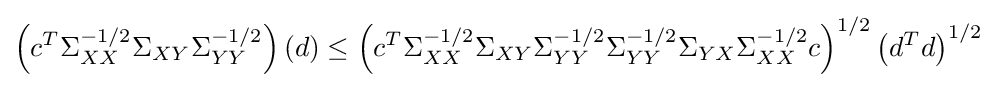
\left(c^{T}\Sigma _{XX}^{-1/2}\Sigma _{XY}\Sigma _{YY}^{-1/2}\right)(d)\leq \left(c^{T}\Sigma _{XX}^{-1/2}\Sigma _{XY}\Sigma _{YY}^{-1/2}\Sigma _{YY}^{-1/2}\Sigma _{YX}\Sigma _{XX}^{-1/2}c\right)^{1/2}\left(d^{T}d\right)^{1/2}